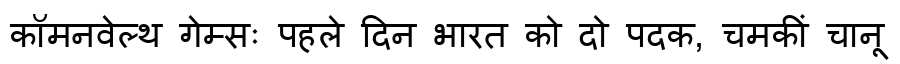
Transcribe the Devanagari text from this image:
कॉमनवेल्थ गेम्सः पहले दिन भारत को दो पदक, चमकीं चानू